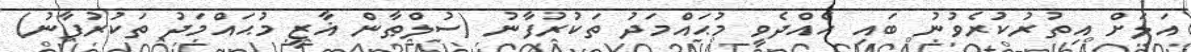
އަލަށް އިތުރުކުރެވުނު ބައި ހެއްދެވީ މުޙައްމަދު ތަކުރުފާނު (ސުލްޠާން ޣާޒީ މުޙައްމަދު ތަކުރުފާނު)